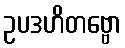
ဥပဒဟိတဗ္ဗော